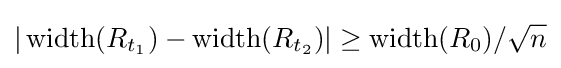
|\operatorname {width} (R_{t_{1}})-\operatorname {width} (R_{t_{2}})|\geq \operatorname {width} (R_{0})/{\sqrt {n}}